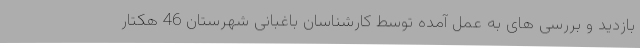
بازدید و بررسی های به عمل آمده توسط کارشناسان باغبانی شهرستان 46 هکتار